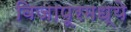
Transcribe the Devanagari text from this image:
विजापूरमध्ये